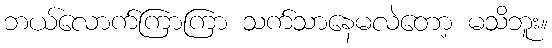
ဘယ်လောက်ကြာကြာ သက်သာနေမလဲတော့ မသိဘူး။